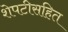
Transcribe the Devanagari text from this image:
शेपटीसहित